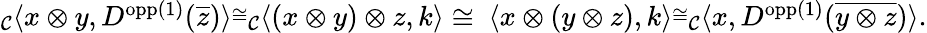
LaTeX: \begin{array}{r}{_{\mathcal{C}}\langle x\otimes y,D^{\textnormal{opp}(1)}(\overline{{z}})\rangle\overset{\cong}\ _{\mathcal{C}}\langle(x\otimes y)\otimes z,k\rangle\cong\ \langle x\otimes(y\otimes z),k\rangle\overset{\cong}\ _{\mathcal{C}}\langle x,D^{\textnormal{opp}(1)}(\overline{{y\otimes z}})\rangle.}\end{array}